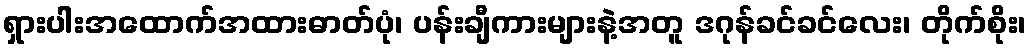
ရှားပါးအထောက်အထားဓာတ်ပုံ၊ ပန်းချီကားများနဲ့အတူ ဒဂုန်ခင်ခင်လေး၊ တိုက်စိုး၊